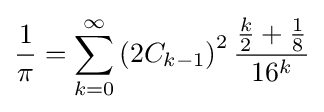
{\frac {1}{\pi }}=\sum _{k=0}^{\infty }\left(2C_{k-1}\right)^{2}{\frac {{\frac {k}{2}}+{\frac {1}{8}}}{16^{k}}}